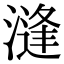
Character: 漨